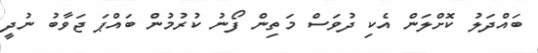
ބައްދަލު ކޮށްލަން އެކި ދުވަސް މަތިން ފޯނު ކުރުމުން ބައްޕަ ޖަވާބު ނުދީ